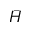
\bar { H }